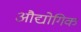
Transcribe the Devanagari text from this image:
औद्योगिक